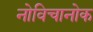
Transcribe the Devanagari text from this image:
नोविचानोक